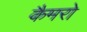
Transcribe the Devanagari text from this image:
कैमरो